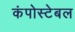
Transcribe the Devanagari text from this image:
कंपोस्टेबल